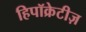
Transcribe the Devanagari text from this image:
हिपॉक्रेटीज़